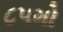
૮૫મો